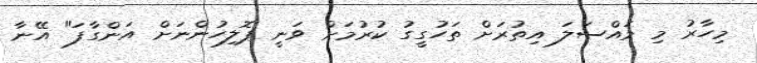
މިހާރު މި މައްސަލަ އިތުރަށް ތަހުގީގު ކުރުމަށް ވަނީ ޕޮލިހުންނަށް އަންގާފަ" އޭނާ